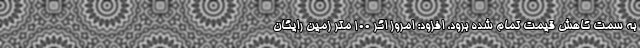
به سمت کاهش قیمت تمام شده برود، افزود: امروز اگر ۱۰۰ متر زمین رایگان